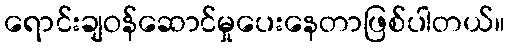
ရောင်းချဝန်ဆောင်မှုပေးနေတာဖြစ်ပါတယ်။